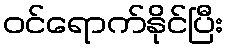
ဝင်ရောက်နိုင်ပြီး